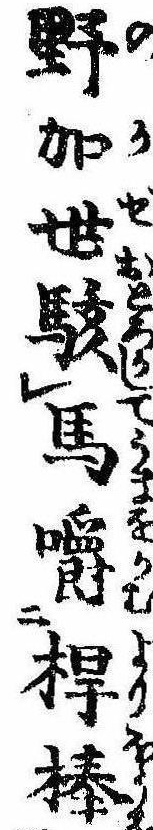
野加世駭馬嚼桿棒